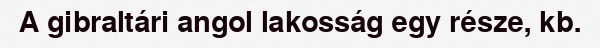
A gibraltári angol lakosság egy része, kb.